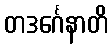
တဒင်္ဂေနာတိ